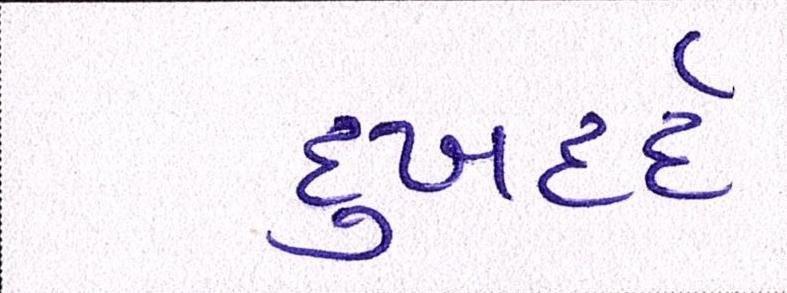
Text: દુઃખદર્દ